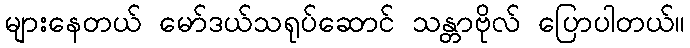
များနေတယ် မော်ဒယ်သရုပ်ဆောင် သန္တာဗိုလ် ပြောပါတယ်။